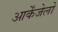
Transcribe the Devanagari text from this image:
आर्केंजेलो